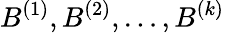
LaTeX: B^{(1)},B^{(2)},\ldots,B^{(k)}